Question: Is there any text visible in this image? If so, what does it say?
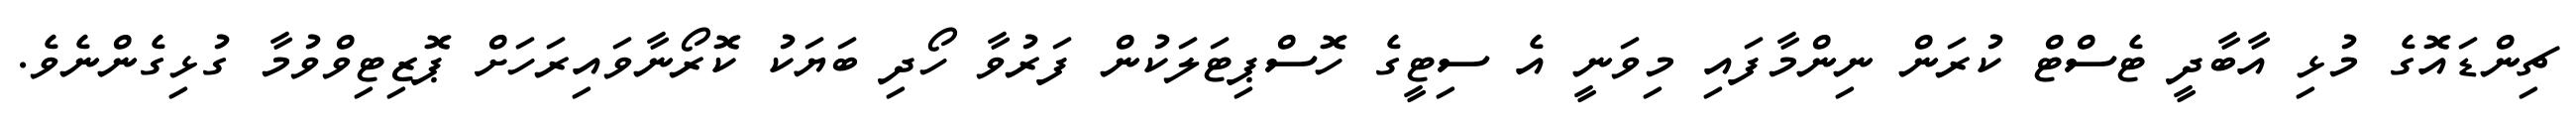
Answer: ޗިންޑައޮގެ މުޅި އާބާދީ ޓެސްޓް ކުރަން ނިންމާފައި މިވަނީ އެ ސިޓީގެ ހޮސްޕިޓަލަކުން ފަރުވާ ހޯދި ބަޔަކު ކޮރޯނާވައިރަހަށް ޕޮޒިޓިވްވުމާ ގުޅިގެންނެވެ.